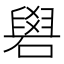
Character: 𥕭